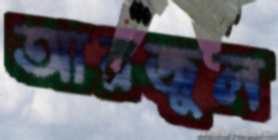
আরজুল